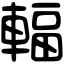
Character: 輻